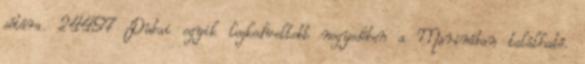
sétára. 24497 Dubai egyik legkedveltebb negyedében a Marinában található.